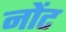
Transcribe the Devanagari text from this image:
नोंट